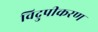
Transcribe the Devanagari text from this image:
विद्रुपीकरण